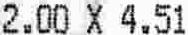
2.00 X 4.51